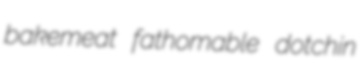
bakemeat fathomable dotchin